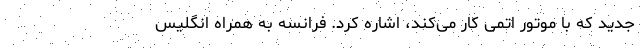
جدید که با موتور اتمی کار می‌کند، اشاره کرد. فرانسه به همراه انگلیس